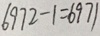
6 9 7 2 - 1 = 6 9 7 1